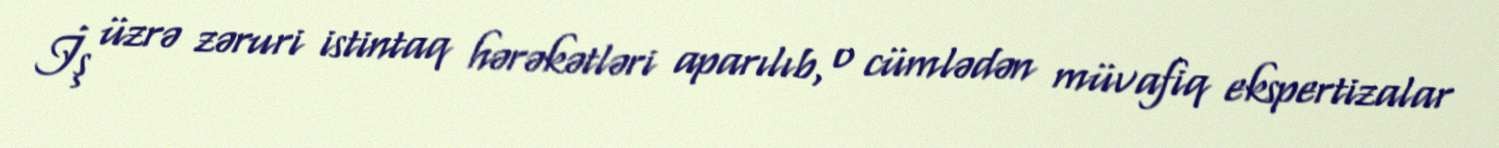
İş üzrə zəruri istintaq hərəkətləri aparılıb, o cümlədən müvafiq ekspertizalar